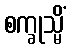
စက္ခုသ္မိံ